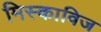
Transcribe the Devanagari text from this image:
मिस्काविज